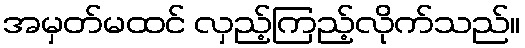
အမှတ်မထင် လှည့်ကြည့်လိုက်သည်။